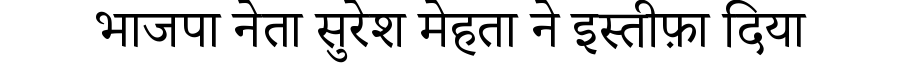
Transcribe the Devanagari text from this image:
भाजपा नेता सुरेश मेहता ने इस्तीफ़ा दिया